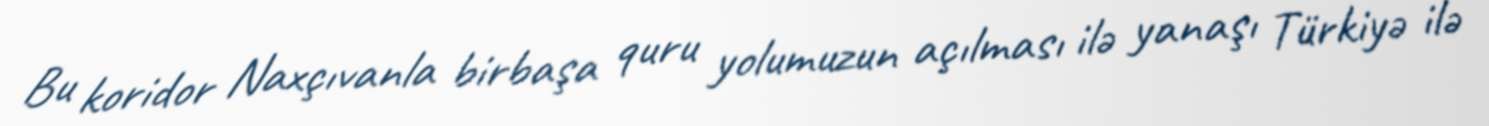
Bu koridor Naxçıvanla birbaşa quru yolumuzun açılması ilə yanaşı Türkiyə ilə